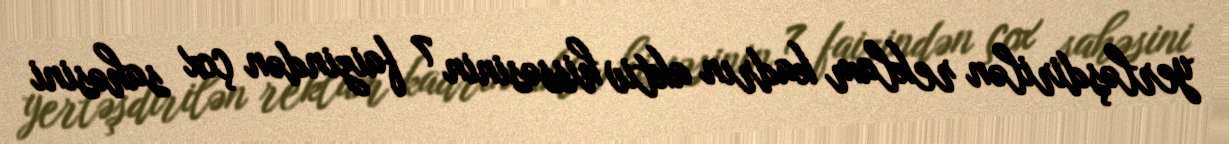
yerləşdirilən reklam kadrın aktiv hissəsinin 7 faizindən çox sahəsini